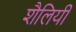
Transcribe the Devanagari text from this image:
शैलियीं